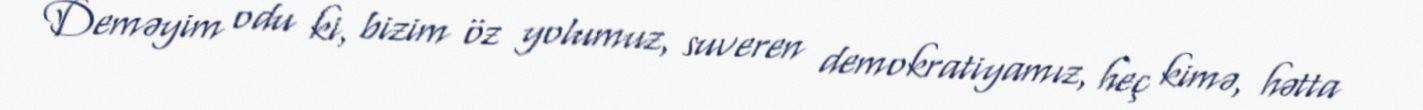
Deməyim odu ki, bizim öz yolumuz, suveren demokratiyamız, heç kimə, hətta